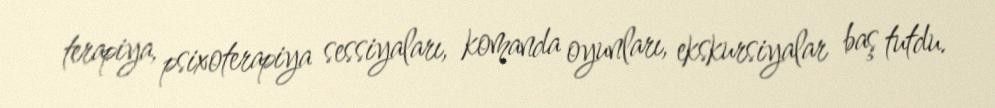
terapiya, psixoterapiya sessiyaları, komanda oyunları, ekskursiyalar baş tutdu.